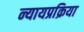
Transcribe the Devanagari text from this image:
न्यायप्रक्रिया